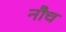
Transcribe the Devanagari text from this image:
नौच